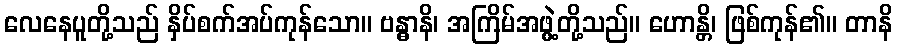
လေနေပူတို့သည် နှိပ်စက်အပ်ကုန်သော။ ဗန္ဓာနိ၊ အကြိမ်အဖွဲ့တို့သည်။ ဟောန္တိ၊ ဖြစ်ကုန်၏။ တာနိ